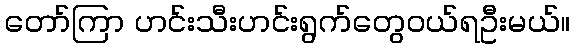
တော်ကြာ ဟင်းသီးဟင်းရွက်တွေဝယ်ရဦးမယ်။